Leaving Certificate Examination (including Day School Certificate (Higher) General paper), 1938
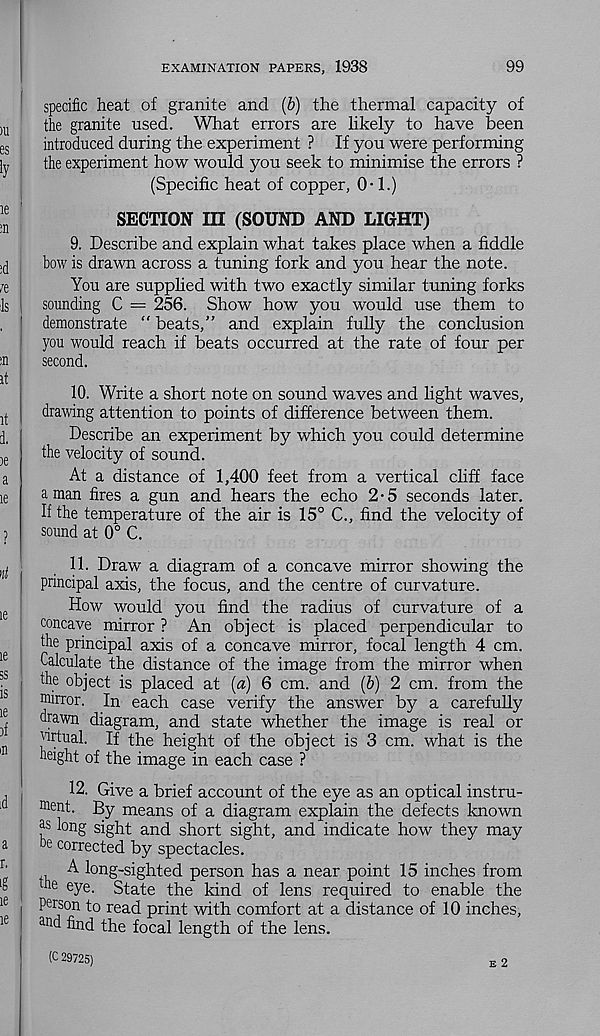
EXAMINATION PAPERS, 1938
99
specific heat of granite and (b) the thermal capacity of
the granite used. What errors are likely to have been
introduced during the experiment ? If you were performing
the experiment how would you seek to minimise the errors ?
(Specific heat of copper, 0-1.)
SECTION m (SOUND AND LIGHT)
9. Describe and explain what takes place when a fiddle
bow is drawn across a tuning fork and you hear the note.
You are supplied with two exactly similar tuning forks
sounding C = 256. Show how you would use them to
demonstrate “ beats,” and explain fully the conclusion
you would reach if beats occurred at the rate of four per
second.
10. Write a short note on sound waves and light waves,
drawing attention to points of difference between them.
Describe an experiment by which you could determine
the velocity of sound.
At a distance of 1,400 feet from a vertical cliff face
a man fires a gun and hears the echo 2-5 seconds later.
If the temperature of the air is 15° C., find the velocity of
sound at 0° C.
11. Draw a diagram of a concave mirror showing the
principal axis, the focus, and the centre of curvature.
How would you find the radius of curvature of a
concave mirror ? An object is placed perpendicular to
the principal axis of a concave mirror, focal length 4 cm.
Calculate the distance of the image from the mirror when
the object is placed at (a) 6 cm. and (&) 2 cm. from the
muror. In each case verify the answer by a carefully
drawn diagram, and state whether the image is real or
virtual. If the height of the object is 3 cm. what is the
height of the image in each case ?
12. Give a brief account of the eye as an optical instru-
tfient. By means of a diagram explain the defects known
^ long sight and short sight, and indicate how they may
he corrected by spectacles.
A long-sighted person has a near point 15 inches from
the eye. State the kind of lens required to enable the
Person to read print with comfort at a distance of 10 inches,
and find the focal length of the lens.
(C 29725)
e2